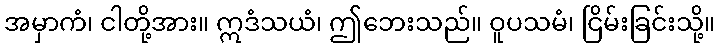
အမှာကံ၊ ငါတို့အား။ ဣဒံသယံ၊ ဤဘေးသည်။ ဝူပသမံ၊ ငြိမ်းခြင်းသို့။